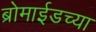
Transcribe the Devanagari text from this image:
ब्रोमाईडच्या